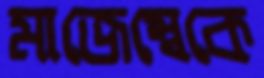
মাজেম্বেকে